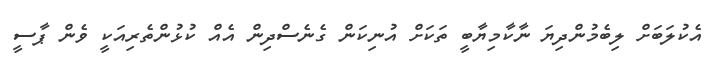
އެކުލަބަށް ލިބެމުންދިޔަ ނާކާމިޔާބީ ތަކަށް އުނިކަން ގެނެސްދިން އެއް ކުޅުންތެރިއަކީ ވެން ޕާސީ